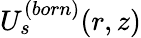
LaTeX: U_{s}^{(born)}(r,z)